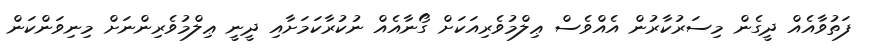
ފަތުވާއެއް ދީގެން މިސަރުކާރުން އެއްވެސް ޢިލްމުވެރިއަކަށް ގޯނާއެއް ނުކުރާކަމަށާއި ދީނީ ޢިލްމުވެރިންނަށް މިނިވަންކަން